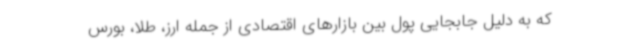
که به دلیل جابجایی پول بین بازارهای اقتصادی از جمله ارز، طلا، بورس